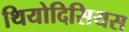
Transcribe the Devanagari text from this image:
थियोदिसियस